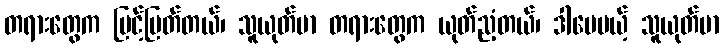
တရားတွေက မြင့်မြတ်တယ်၊ သူယုတ်မာ တရားတွေက ယုတ်ညံ့တယ်၊ ဒါပေမယ့် သူယုတ်မာ